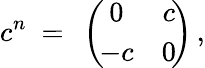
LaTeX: c^{n}\ =\ \left(\! \begin{array}{cc}{{0}}&{{c}}\\ {{-c}}&{{0}}\end{array}\! \right)\, ,